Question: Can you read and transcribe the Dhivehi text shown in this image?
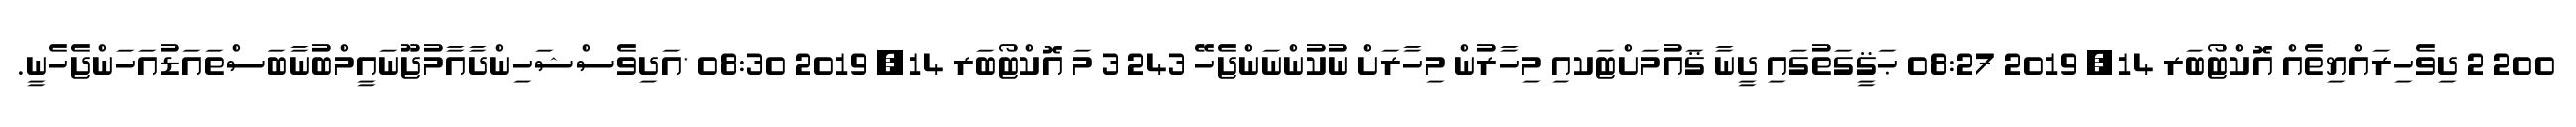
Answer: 200 2 ދިވެހިރައްޔިތެއް އޮކްޓޯބަރ 14, 2019 08:27 ޙަޤީގަތުގައި ދީނާ ޤައުމަށްޓަކއި މިހާރުން މިހާރަށް ނުކުންނަންޖެހޭ 243 3 މަ އޮކްޓޯބަރ 14, 2019 08:30 *އަދިވެސްޝަހިންދާއާމުޖޫނައީމްބުނާބަސްތައަޑުއަހަންޖެހެނީ.